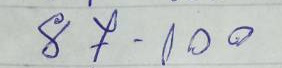
87 - 100